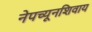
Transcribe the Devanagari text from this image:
नेपच्यूनशिवाय